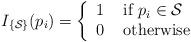
LaTeX: \begin{align*}I_{\{\mathcal{S}\}}(p_i) = \left\{\begin{array}{lll} 1 & \mbox{ if } p_i \in \mathcal{S}\\ 0 & \mbox{ otherwise } \end{array}\right.\end{align*}